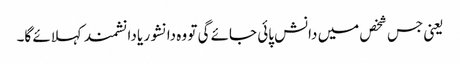
یعنی جس شخص میں دانش پائی جائے گی تو وہ دانشور یا دانشمندکہلائے گا۔